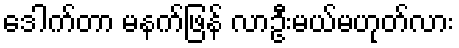
ဒေါက်တာ မနက်ဖြန် လာဦးမယ်မဟုတ်လား